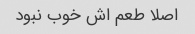
اصلا طعم اش خوب نبود